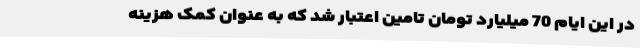
در این ایام 70 میلیارد تومان تامین اعتبار شد که به عنوان کمک هزینه